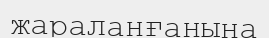
жараланғанына